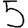
Digit: 5